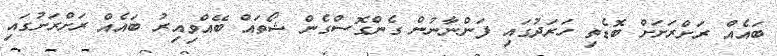
ބައެއް ރަށްރަށަށް ބޮޑެތި ހަރަދުގައި ފަންނާނުން ގެންގޮސްގެން ޝޯތައް ބޭއްވިއިރު ބައެއް ރަށްރަށުގައި